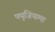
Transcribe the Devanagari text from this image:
फ्युजियामा